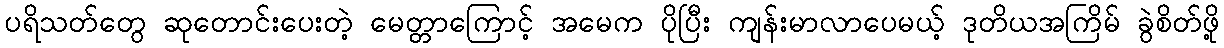
ပရိသတ်တွေ ဆုတောင်းပေးတဲ့ မေတ္တာကြောင့် အမေက ပိုပြီး ကျန်းမာလာပေမယ့် ဒုတိယအကြိမ် ခွဲစိတ်ဖို့